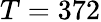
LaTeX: T=372